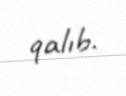
qalıb.